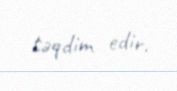
təqdim edir.